Scottish Certificate of Education, 1963
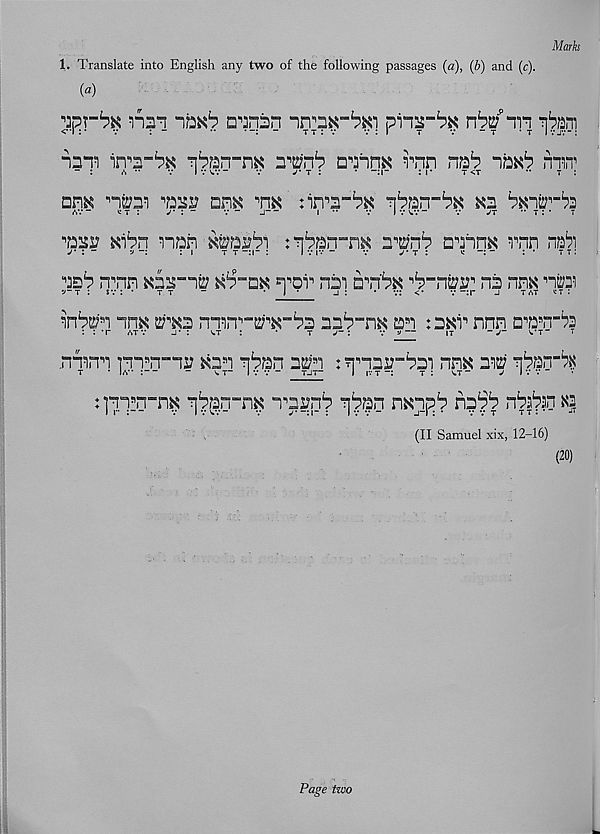
Marks
1. Translate into English any two of the following passages (a), (b) and (c).
(a)
ypr 1 ?#
vbv'rn qbani
nnm irva-ba qban-nx
n'nm vnn nab naxb rnw
nra
am'm :m-bN nban-b^
av-
<r :
j % \ -
v - j--
i ••
v lvv.7-
v
jt
•* t : • t
^asi; Kibn nan toi?bl :nban“m a^nb aannK rnn nab
j' \ -
v
: i
t t -:i“ :
I v iv -
v
*/• t :
<
_
: •
t t :
asb nnn ^a^-na; ^b P "DK nnb nil an'bK
na nn^ nra
v~t : sv :
t r
-
* I •
j :
• v: <•
v ~:r j tat «t :
nb^'n nnK
mn^t^^-ba aab“n^ an :aKb nnn a^an -^
nnmn ]nn B n"ni? Kan nban actfn : nnaa”bai nnK aw nban -^
: ]nq B n“n^ qb^.u“n^ n B ai?pb qbbD nKnpb npb'b nbab?n K|
(II Samuel xix, 12-16)
(20)
Page teo